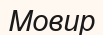
Мовир